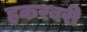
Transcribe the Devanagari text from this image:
हकरबरी